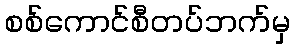
စစ်ကောင်စီတပ်ဘက်မှ